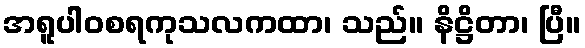
အရူပါဝစရကုသလကထာ၊ သည်။ နိဋ္ဌိတာ၊ ပြီ။